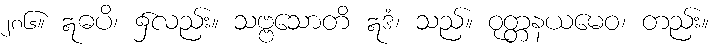
၂၈၆။ ဣဓပိ၊ ၌လည်း။ သဗ္ဗသောတိ ဣဒံ၊ သည်။ ဝုတ္တနယမေဝ၊ တည်း။